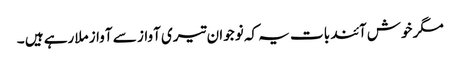
مگر خوش آئند بات یہ کہ نوجوان تیری آواز سے آواز ملارہے ہیں ۔